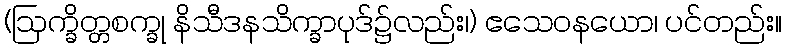
(ဩက္ခိတ္တစက္ခု နိသီဒနသိက္ခာပုဒ်၌လည်း၊) ဧသေဝနယော၊ ပင်တည်း။